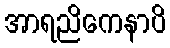
အာရညိကေနာပိ